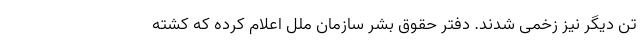
تن دیگر نیز زخمی شدند. دفتر حقوق بشر سازمان ملل اعلام کرده که کشته